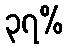
၃၇%